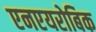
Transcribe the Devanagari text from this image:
एनएयरोबिक